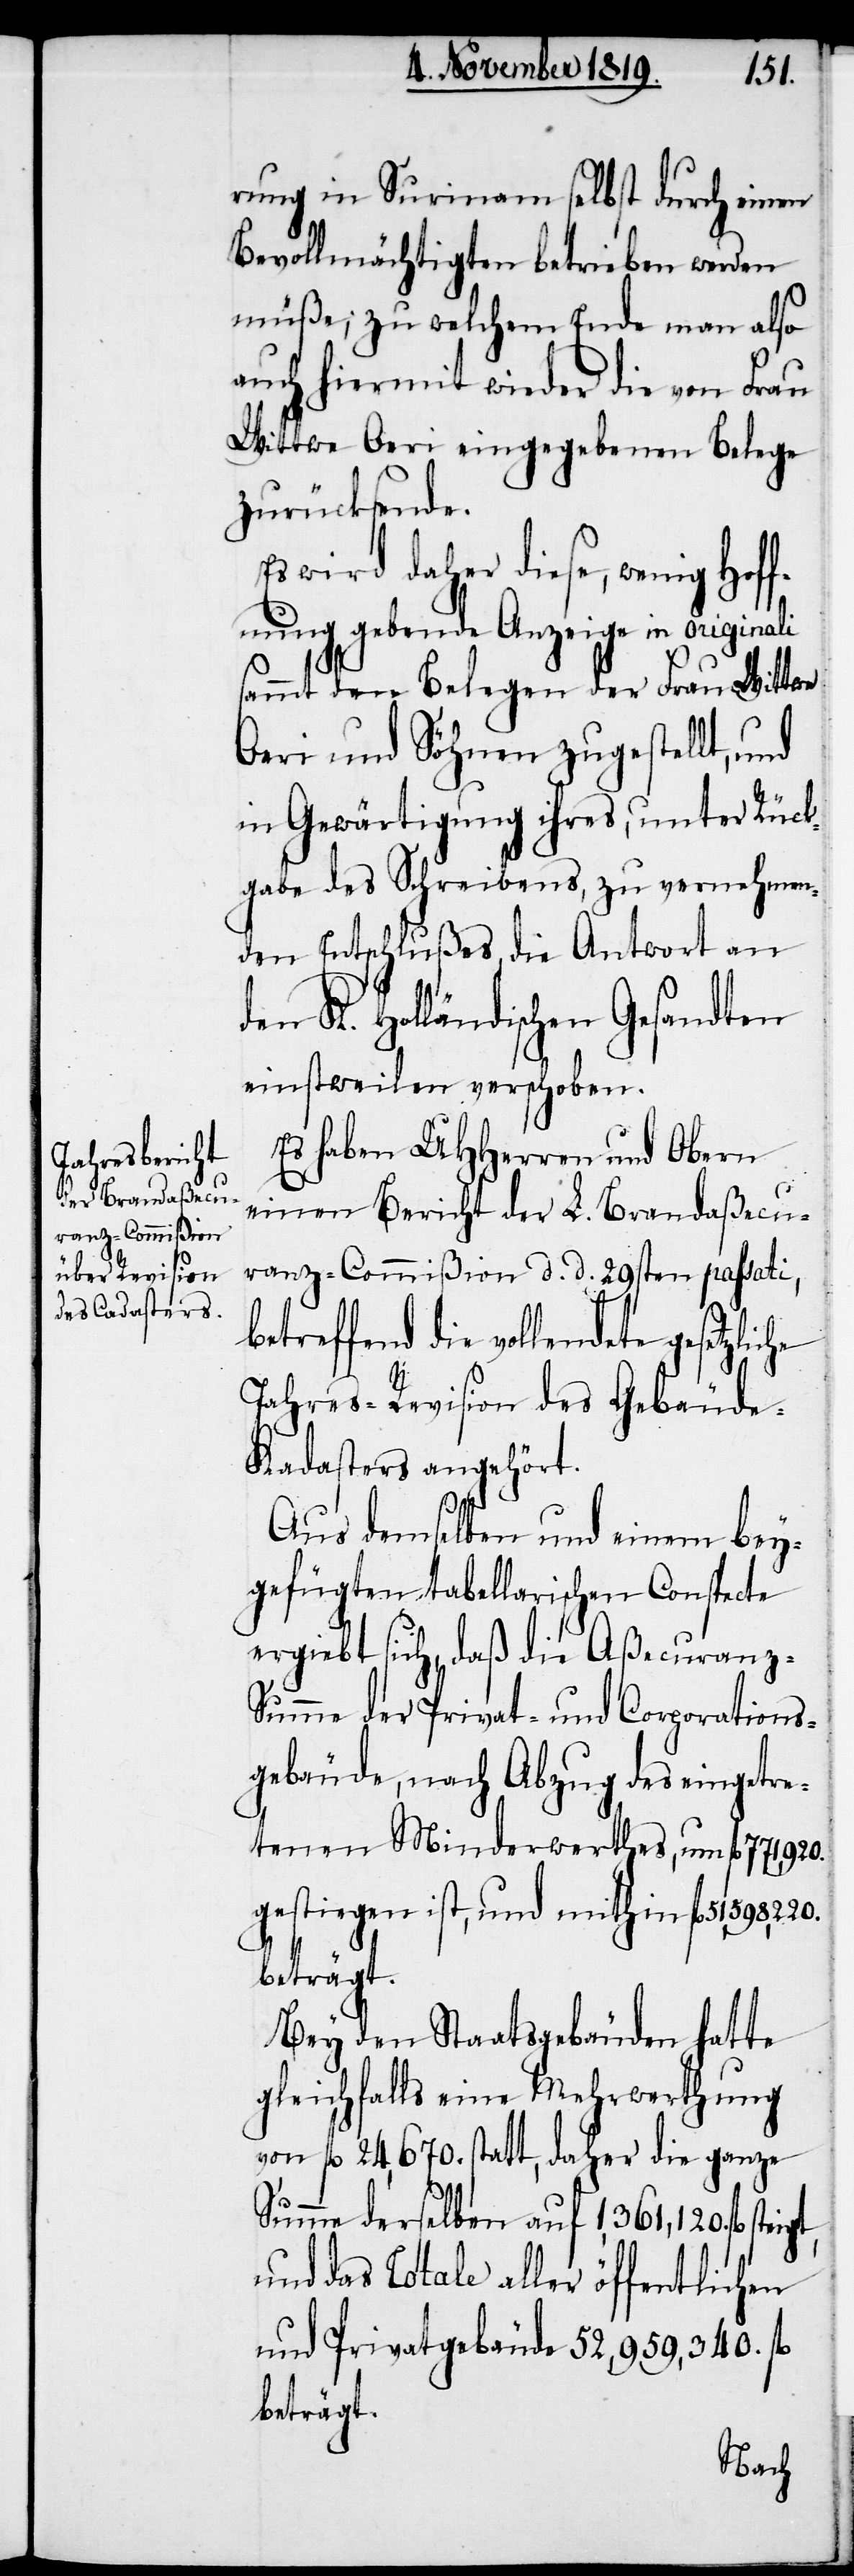
teigt,
rung in Surinam selbst durch einen
Bevollmächtigten betrieben werden
müße; zu welchem Ende man also
auch hiermit wieder die von Frau
Wittwe Oeri eingegebenen Belege
zurücksende.
wird daher diese, wenig Hof¬
fnung gebende Anzeige in originali
sammt den Belegen der Frau Wittwe
Oeri und Söhnen zugestellt, und
in Gewärtigung ihres, unter Rück¬
gabe des Schreibens, zu vernehmen¬
den Entschlußes, die Antwort an
den K. Holländischen Gesandten
einstweilen verschoben.
Es haben UHHerren und Obern
einen Bericht der L. Brandaßecu¬
ranz-Commißion d. d. 29ten passati,
betreffend die vollendete
Jahres-Revision des Gebäude-K¬
adasters angehört.
Aus demselben und einem bey¬
gefügten tabellarischen Conspecte
ergiebt sich, daß die Aßecuranz-S¬
umme der Privat- und Corporations¬
gebäude, nach Abzug des eingetre¬
tenen Minderwerthes, um fl. 771,920.
gestiegen ist, und mithin fl.
beträgt.
Bey den Staatsgebäuden hatte
gleichfalls eine Mehrwerthung
von fl. 24,670. statt, daher die ganze
Summe derselben auf 1,361,120. fl. s¬
und das Totale aller öffentlichen
und Privatgebäude 52,959,340. fl.
beträgt.